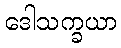
ဒေါသက္ခယာ